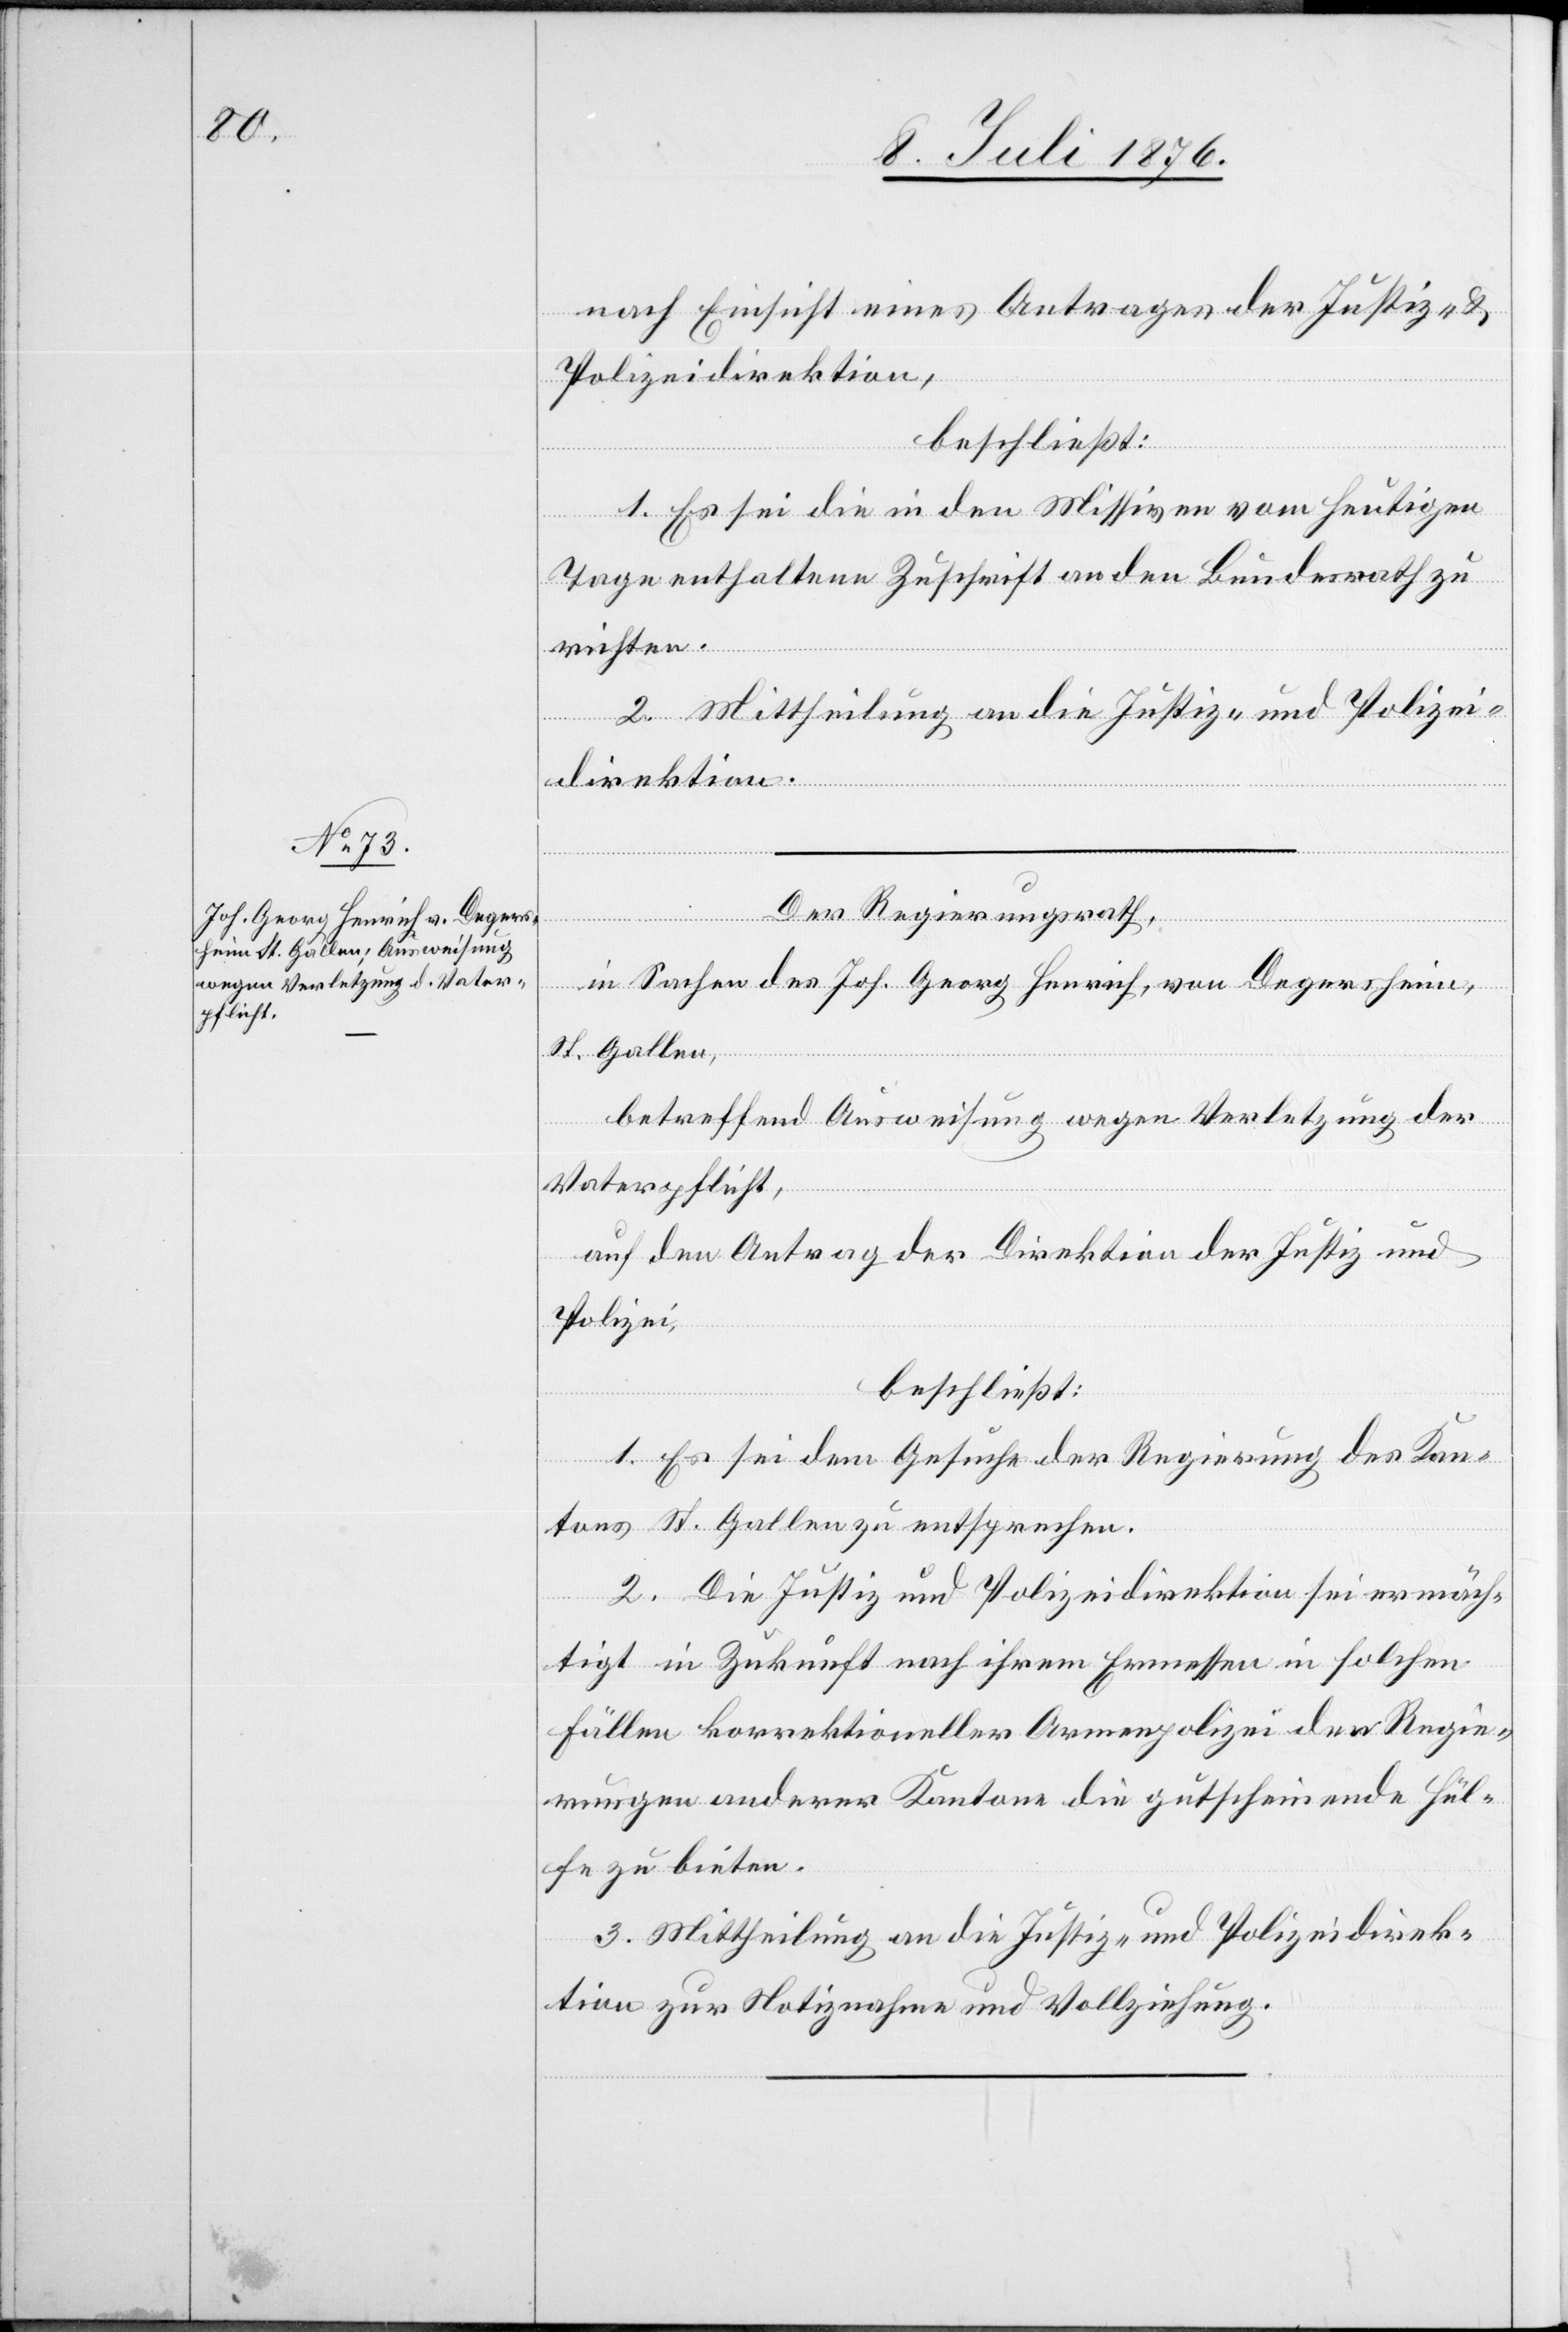
nach Einsicht eines Antrages der Justiz- &
Polizeidirektion,
beschließt:
1. Es sei die in den Missiven vom heutigen
Tage enthaltene Zuschrift an den Bundesrath zu
richten.
2. Mittheilung an die Justiz- und Polizei¬
direktion.
Der
in Sachen des Joh. Georg Henrich, von Degersheim,
St. Gallen,
betreffend Ausweisung wegen Verletzung der
Vaterpflicht,
auf den Antrag der Direktion der Justiz und
Polizei,
beschließt:
1. Es sei dem Gesuche der Regierung des Kan¬
tons St. Gallen zu entsprechen.
2. Die Justiz- und Polizeidirektion sei ermäch¬
tigt in Zukunft nach ihrem Ermessen in solchen
Fällen korrektioneller Armenpolizei der Regie¬
rungen anderer Kantone die gutscheinende Hül¬
fe zu bieten.
3. Mittheilung an die Justiz- und Polizeidirek¬
tion zur Notiznahme und Vollziehung.